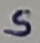
Text: S